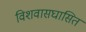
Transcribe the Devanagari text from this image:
विशवासघासित